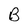
Character: B